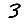
Digit: 3